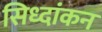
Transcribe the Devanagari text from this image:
सिध्दांकन